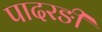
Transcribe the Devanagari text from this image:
पादरङी